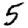
Digit: 5